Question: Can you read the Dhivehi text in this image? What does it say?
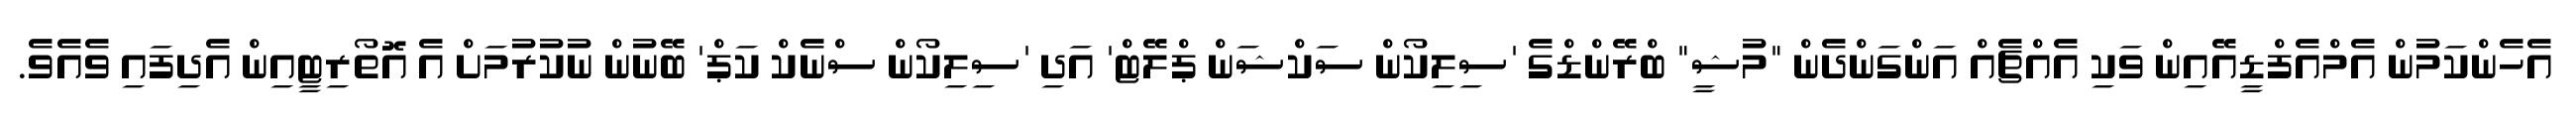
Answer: އެހެންކަމުން އެމްއެފްޑީއޭއިން ވަކި އެއްޗެއް އަންގަންދެން "މުޝީ" ބްރޭންޑްގެ 'ސިލިކޯން ސަކްޝަން ޕްލޭޓް' އަދި 'ސިލިކޯން ސްނެކް ކަޕް' ބޭނުން ނުކުރުމަށް އެ އޮތޯރިޓީއިން އެދިފައި ވެއެވެ.